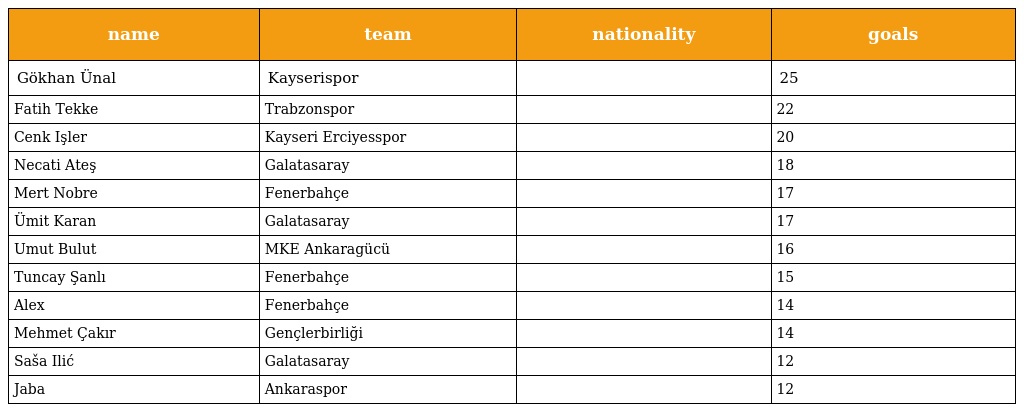
| name | team | nationality | goals |
 | --- | --- | --- | --- |
 | Gökhan Ünal | Kayserispor |  | 25 |
 | Fatih Tekke | Trabzonspor |  | 22 |
 | Cenk Işler | Kayseri Erciyesspor |  | 20 |
 | Necati Ateş | Galatasaray |  | 18 |
 | Mert Nobre | Fenerbahçe |  | 17 |
 | Ümit Karan | Galatasaray |  | 17 |
 | Umut Bulut | MKE Ankaragücü |  | 16 |
 | Tuncay Şanlı | Fenerbahçe |  | 15 |
 | Alex | Fenerbahçe |  | 14 |
 | Mehmet Çakır | Gençlerbirliği |  | 14 |
 | Saša Ilić | Galatasaray |  | 12 |
 | Jaba | Ankaraspor |  | 12 |